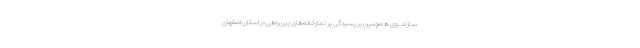
سازند. وی همچنین بر رسیدگی بر نمازخانه‌های بین‌راهی در استان اصفهان